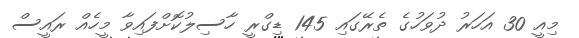
މިއީ 30 އަހަރު ދުވަހުގެ ތެރޭގައި 145 ޑިގްރީ ހާސިލުކޮށްފައިވާ މީހެއް ރައީސް